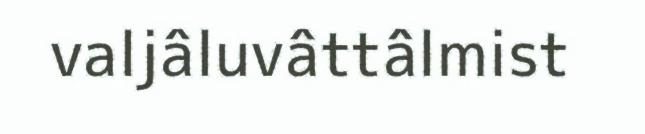
valjâluvâttâlmist